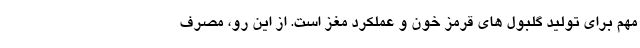
مهم برای تولید گلبول های قرمز خون و عملکرد مغز است. از این رو، مصرف